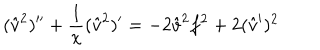
( { \hat { v } } ^ { 2 } ) ^ { \prime \prime } + { \frac { 1 } { x } } ( { \hat { v } } ^ { 2 } ) ^ { \prime } = - 2 { \hat { v } } ^ { 2 } f ^ { 2 } + 2 ( { \hat { v } } ^ { \prime } ) ^ { 2 }